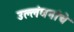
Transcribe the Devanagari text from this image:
उल्लंघनांचे